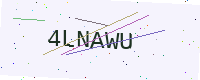
Text: 4LNAWU